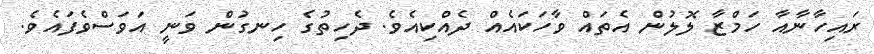
ރައިހާނާއާ ހަމްޒާ ލޮލުން އެތައް ވާހަކައެއް ދެއްކިއެވެ. ދެހިތުގެ ހިނގުން ވަނީ އަވަސްވެފައެވެ.